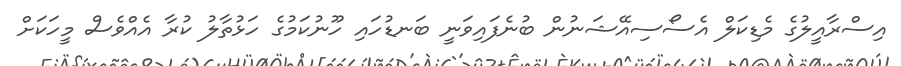
އިސްރާއީލުގެ މެޑިކަލް އެސޯސިއޭޝަނުން ބުނެފައިވަނީ ބަނޑުހައި ހޫނުކަމުގެ ހަޅުތާލު ކުރާ އެއްވެސް މީހަކަށް